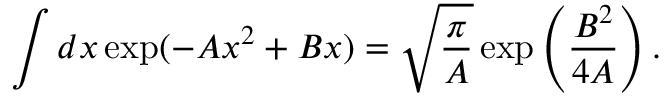
\int d x \exp ( - A x ^ { 2 } + B x ) = \sqrt { \frac { \pi } { A } } \exp \left( \frac { B ^ { 2 } } { 4 A } \right) .